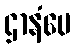
ဌာနံပေ